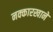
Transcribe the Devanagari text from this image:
नक्कारखाने